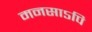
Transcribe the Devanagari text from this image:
मनसाऽपि